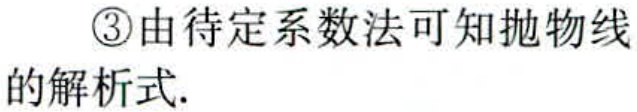
\textcircled{3}由待定系数法可知抛物线的解析式.